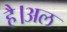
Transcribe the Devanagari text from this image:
है।अल